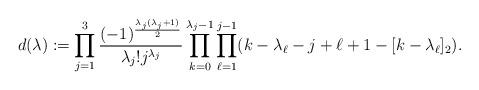
LaTeX: \begin{align*}d(\lambda):=\prod_{j=1}^3\frac{(-1)^{\frac{\lambda_j(\lambda_j+1)}{2}}}{\lambda_j!j^{\lambda_j}}\prod_{k=0}^{\lambda_j-1}\prod_{\ell=1}^{j-1}(k-\lambda_\ell-j+\ell+1-[k-\lambda_\ell ]_2).\end{align*}